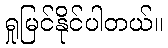
ရှုမြင်နိုင်ပါတယ်။